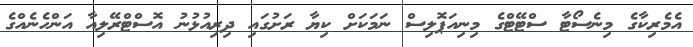
އެމެރިކާގެ މިނެސޯޓާ ސްޓޭޓްގެ މިނިއަޕޮލިސް ނަމަކަށް ކިޔާ ރަށުގައި ދިރިއުޅުނު އޮސްޓްރޭލިއާ އަންހެނެއްގެ